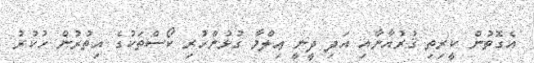
އެގޮތުން ކީރިތި ޤުރުއާނާއި އަދި ދީނީ ޢިލްމާ ގުޅުންހުރި ކޯސްތަކުގެ އިތުރުން ހުކުރު